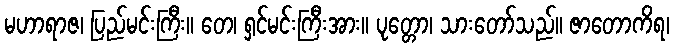
မဟာရာဇ၊ ပြည်မင်းကြီး။ တေ၊ ရှင်မင်းကြီးအား။ ပုတ္တော၊ သားတော်သည်။ ဇာတောကိရ၊